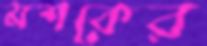
মশকের